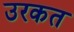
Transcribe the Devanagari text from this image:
उरकत